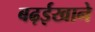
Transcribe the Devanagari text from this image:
बढ़ईखाने